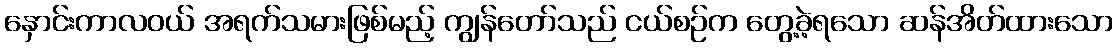
နှောင်းကာလဝယ် အရက်သမားဖြစ်မည့် ကျွန်တော်သည် ငယ်စဉ်က တွေ့ခဲ့ရသော ဆန်အိတ်ထားသော